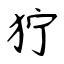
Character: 狞